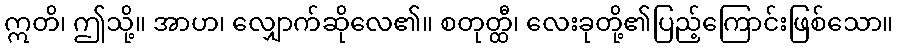
ဣတိ၊ ဤသို့။ အာဟ၊ လျှောက်ဆိုလေ၏။ စတုတ္ထီ၊ လေးခုတို့၏ပြည့်ကြောင်းဖြစ်သော။